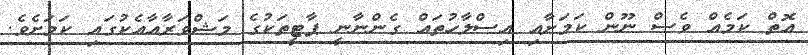
އޮތް ކަމެއް ވެސް ނޫން ކަމަށާއި އިސްލާހުތައް ގެންނާނީ ޕާޓީތަކުގެ މަޝްވަރާއާއެކުގައި ކަމަށެވެ.